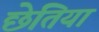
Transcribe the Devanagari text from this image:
छेतिया